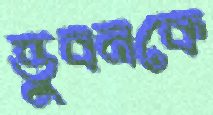
ভুবনকে